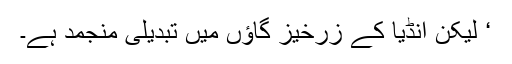
‘ لیکن انڈیا کے زرخیز گاؤں میں تبدیلی منجمد ہے۔